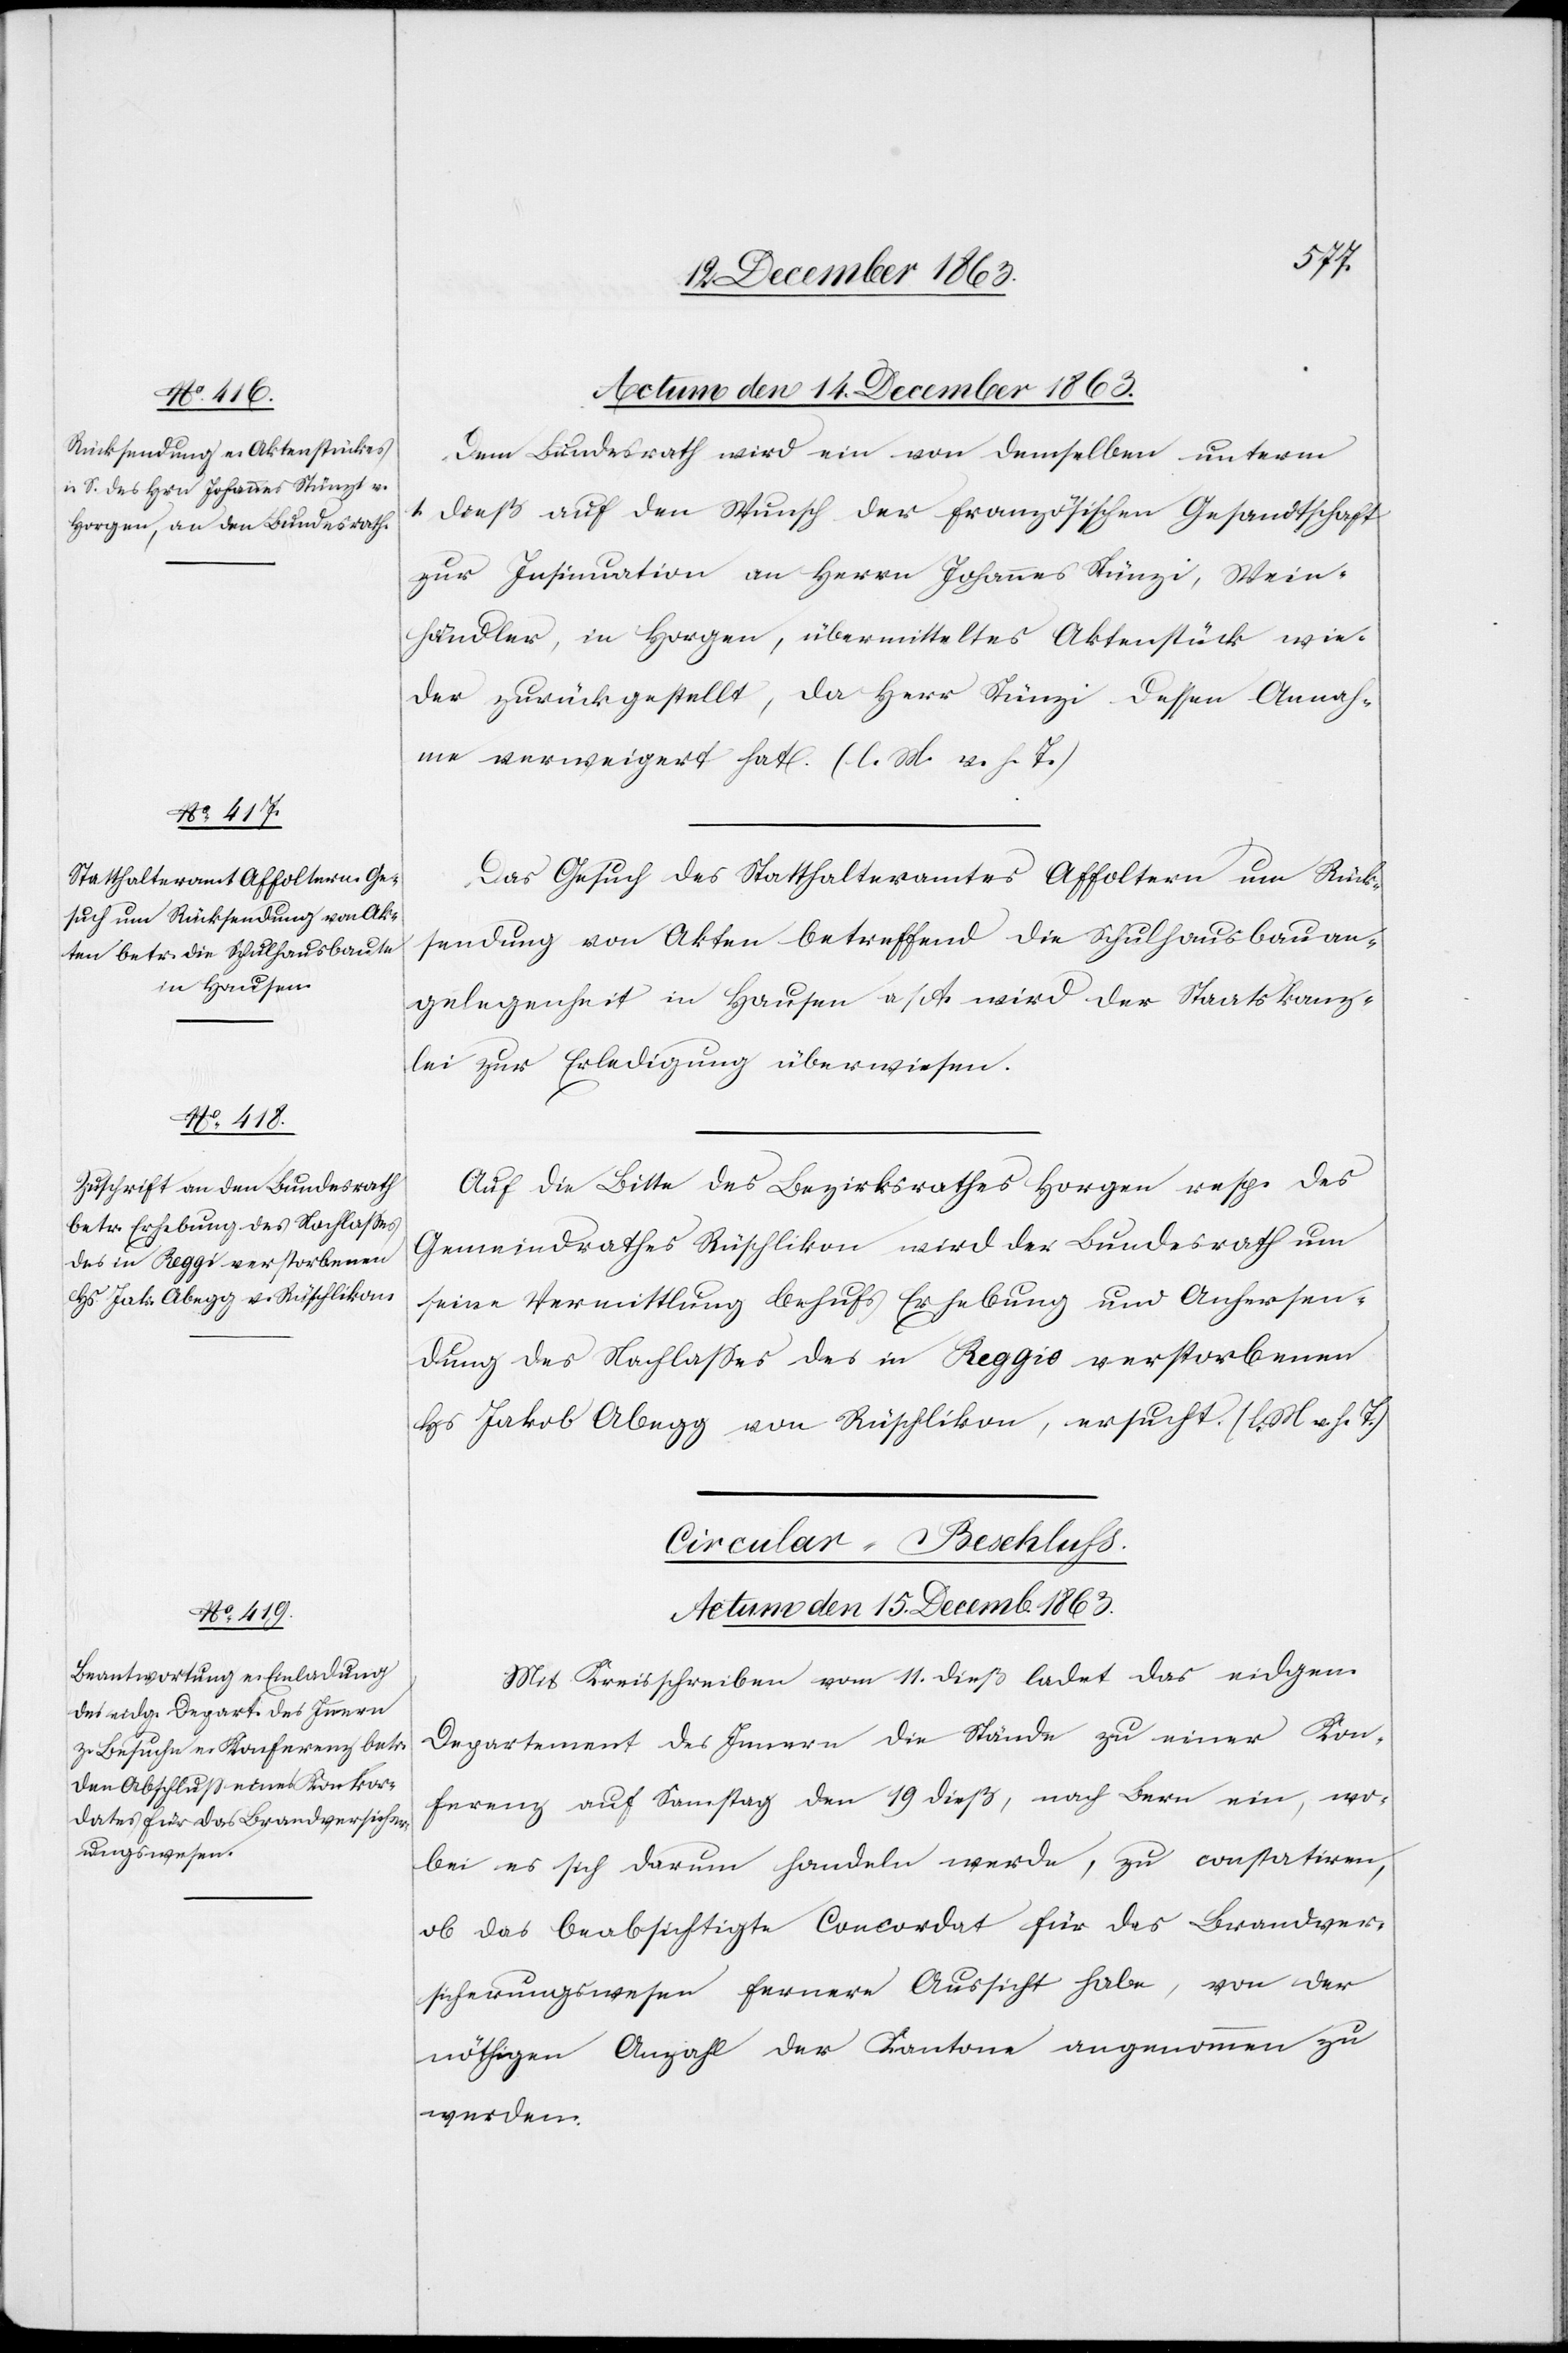
Actum den 14. Dezember 1863.]
Dem Bundesrath wird ein von demselben unterm
1. dieß auf den Wunsch der französischen Gesandtschaft
zur Insinuation an Herrn Johannes Stünzi, Wein¬
händler, in Horgen, übermitteltes Aktenstück wie¬
der zurückgestellt, da Herr Stünzi dessen Annah¬
me verweigert hat. (l. M. v. h. T.)
Das Gesuch des Statthalteramtes Affoltern um Rück¬
sendung von Akten betreffend die Schulhausbauan¬
gelegenheit in Hausen a/A. wird der Staatskanz¬
lei zur Erledigung überwiesen.
Auf die Bitte des Bezirksrathes Horgen resp. des
Gemeindrathes Rüschlikon wird der Bundesrath um
seine Vermittlung behufs Erhebung und Anhersen¬
dung des Nachlasses des in Reggio verstorbenen
Hs Jakob Abegg von Rüschlikon, ersucht. (l. M. v. h. T.)
Circular-Beschluss.
Actum den 15. Decemb. 1863.
Mit Kreisschreiben vom 11. dieß ladet das eidgen.
Departement des Innern die Stände zu einer Kon¬
ferenz auf Samstag den 19 dieß, nach Bern ein, wo¬
bei es sich darum handeln werde, zu constatiren,
ob das beabsichtigte Concordat für das Brandver¬
sicherungswesen fernere Aussicht habe, von der
nöthigen Anzahl der Kantone angenommen zu
werden.